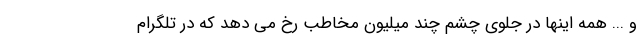
و ... همه اینها در جلوی چشم چند میلیون مخاطب رخ می دهد که در تلگرام